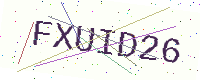
Text: FXUID26